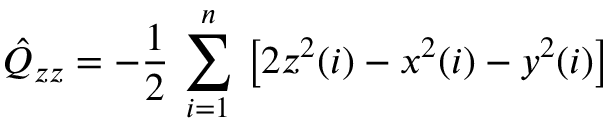
\hat { Q } _ { z z } = - \frac { 1 } { 2 } \, \sum _ { i = 1 } ^ { n } \, \left[ 2 z ^ { 2 } ( i ) - x ^ { 2 } ( i ) - y ^ { 2 } ( i ) \right]